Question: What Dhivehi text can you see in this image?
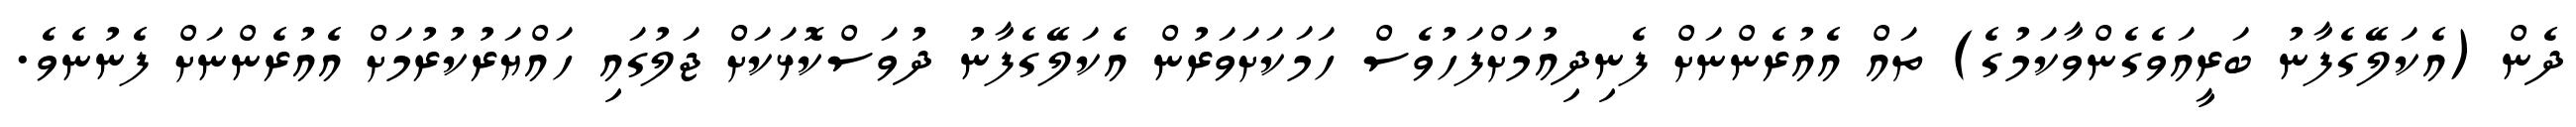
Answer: ދެން (އެކަލޭގެފާނު ބަރީއަވެގެންވާކަމުގެ) ތައް އެއުރެންނަށް ފެނިދިއުމަށްފަހުވެސް ހަމަކަށަވަރުން އެކަލޭގެފާނު ދުވަސްކޮޅަކަށް ޖަލުގައި ހައްޔަރުކުރުމަށް އެއުރެންނަށް ފެނުނެވެ.